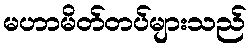
မဟာမိတ်တပ်များသည်